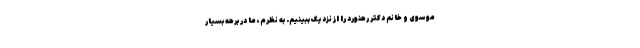
موسوی و خانم دکتر رهنورد را از نزدیک ببینیم. به نظرم، ما در برهه بسیار